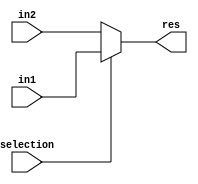
module mux (in1, in2, selection, res);
  input[2:0] in1, in2;
  input selection;
  output reg[2:0] res;

  always @(in1, in2, res) begin
  if(selection == 1'b1)
    res = in1;
  else
    res = in2;
  end
endmodule